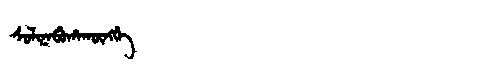
Manchu: ᠰᠣᠯᡳᠨᠠᠪᡠᡥᠠᡴᡡᠩᡤᡝ
Romanization: SOLINABUHAKŪNGGE